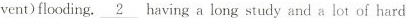
vent)flooding.\underline{2} having a long study and a lot of hard